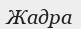
Жадра